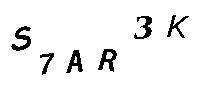
S7AR3K